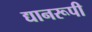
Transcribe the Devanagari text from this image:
द्यानरूपी